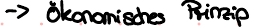
-> ökonomisches Prinzip